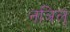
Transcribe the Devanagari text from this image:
नञिल्